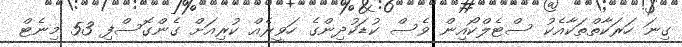
ގިނަ ހަރަކާތްތަކާއެކު ސްޓެލްކޯއިން ވެސް ކުޑަކުދިންގެ ހަވީރެއް ކުރިއަށް ގެންގޮސްފި 53 މިނެޓް